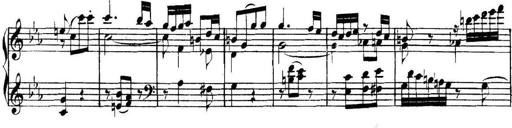
Title: Collected Piano Sonatas
Composer: Muzio Clementi